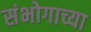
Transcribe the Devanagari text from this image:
संभोगाच्या